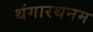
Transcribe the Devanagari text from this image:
थंगारथनम